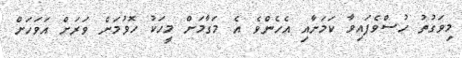
މިވަގުތު ހުސްވެފައިވާ ކަމަށާއި އެހެންވެ އެ މަގާމަށް މީހަކު ހޮވުމަށް ވަރަށް އަވަހަށް